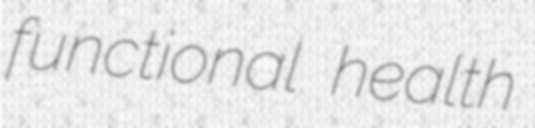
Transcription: functional health